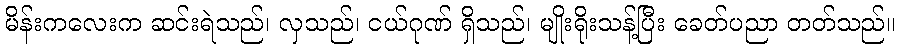
မိန်းကလေးက ဆင်းရဲသည်၊ လှသည်၊ ငယ်ဂုဏ် ရှိသည်၊ မျိုးရိုးသန့်ပြီး ခေတ်ပညာ တတ်သည်။